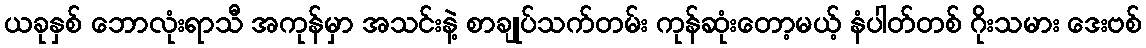
ယခုနှစ် ဘောလုံးရာသီ အကုန်မှာ အသင်းနဲ့ စာချုပ်သက်တမ်း ကုန်ဆုံးတော့မယ့် နံပါတ်တစ် ဂိုးသမား ဒေးဗစ်